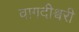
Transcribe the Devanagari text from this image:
वागदीश्वरी